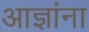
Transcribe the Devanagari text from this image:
आज्ञांना